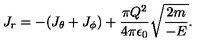
J _ { r } = - ( J _ { \theta } + J _ { \phi } ) + { \frac { \pi Q ^ { 2 } } { 4 \pi \epsilon _ { 0 } } } \sqrt { { \frac { 2 m } { - E } } } .